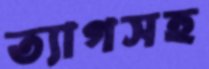
ত্যাগসহ